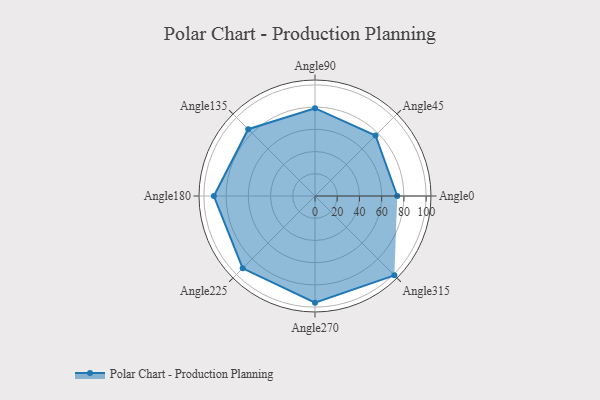
{"axis": {"x": "Angle", "y": "Radius"}, "legend": [""], "data": [{"x": "Angle0", "y": 74.0, "type": ""}, {"x": "Angle45", "y": 77.0, "type": ""}, {"x": "Angle90", "y": 79.0, "type": ""}, {"x": "Angle135", "y": 85.0, "type": ""}, {"x": "Angle180", "y": 91.0, "type": ""}, {"x": "Angle225", "y": 92.0, "type": ""}, {"x": "Angle270", "y": 96.0, "type": ""}, {"x": "Angle315", "y": 101.0, "type": ""}]}